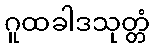
ဂူထခါဒသုတ္တံ